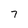
Character: 7